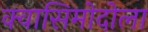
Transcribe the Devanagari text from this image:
क्वासिमोदोला